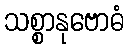
သစ္စာနုဗောဓံ